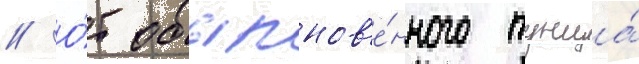
// О́т обыкнов'е́нного тунца́